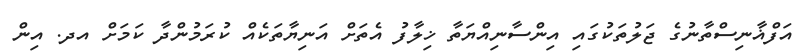
އަފްޣާނިސްތާނުގެ ޖަލުތަކުގައި އިންސާނިއްޔަތާ ޚިލާފު އެތަށް އަނިޔާތަކެއް ކުރަމުންދާ ކަމަށް އދ. އިން